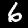
Label: 6